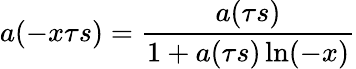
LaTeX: a(-x\tau s)={\frac{a(\tau s)}{1+a(\tau s)\ln(-x)}}